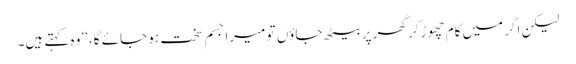
لیکن اگر میں کام چھوڑ کر گھر پر بیٹھ جاؤں تو میرا جسم سخت ہو جائے گا،‘‘ وہ کہتے ہیں۔